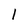
Character: 1